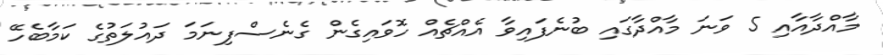
މާއްދާއާއި 5 ވަނަ މާއްދާގައި ބުނެފައިވާ އެއްޗެއް ހޮވައިގެން ގެނެސްފިނަމަ ދައުލަތުގެ ކަމާބެހޭ